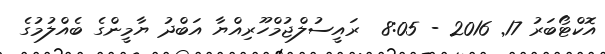
އޮކްޓޯބަރު 17